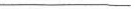
___